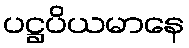
ပဋ္ဌပိယမာနေ